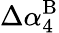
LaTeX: \Delta\alpha_{4}^{\mathrm{B}}